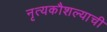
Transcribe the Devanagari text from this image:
नृत्यकौशल्याची